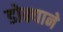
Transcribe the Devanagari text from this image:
डोक्याने